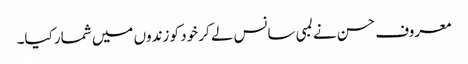
معروف حسن نے لمبی سانس لے کر خود کو زندوں میں شمار کیا۔